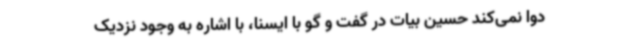
دوا نمی‌کند حسین بیات در گفت و گو با ایسنا، با اشاره به وجود نزدیک